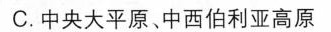
C.中央大平原、中西伯利亚高原